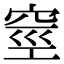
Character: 𥥻